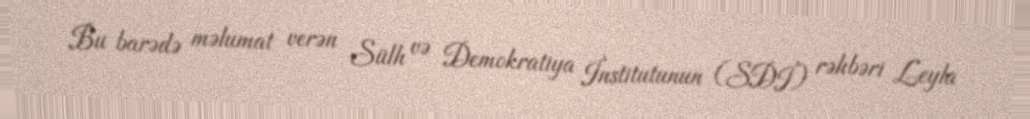
Bu barədə məlumat verən Sülh və Demokratiya İnstitutunun (SDİ) rəhbəri Leyla